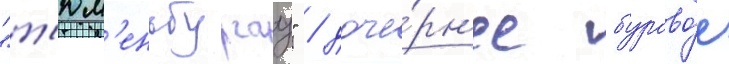
"т'юм'еньбургаз" / доче́рн'ее бурово́е